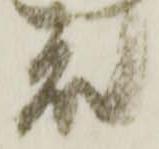
殿